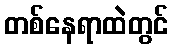
တစ်နေရာထဲတွင်